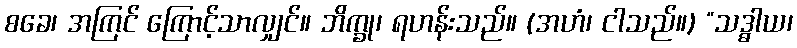
စခေ၊ အကြင် ကြောင့်သာလျှင်။ ဘိက္ခု၊ ရဟန်းသည်။ (အဟံ၊ ငါသည်။) “သဒ္ဓါယ၊